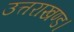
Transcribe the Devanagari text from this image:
उत्तराखण्ड।